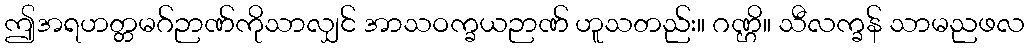
ဤအရဟတ္တမဂ်ဉာဏ်ကိုသာလျှင် အာသဝက္ခယဉာဏ် ဟူသတည်း။ ဂဏ္ဌိ။ သီလက္ခန် သာမညဖလ